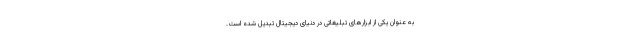
به عنوان یکی از ابزارهای تبلیغاتی در دنیای دیجیتال تبدیل شده است.